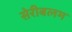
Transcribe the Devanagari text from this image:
सेरीबलम